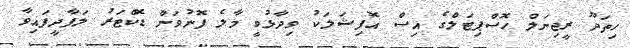
ހިތަދޫ ރީޖިނަލް ހޮސްޕިޓަލްގެ އިސް އޮފިޝަލަކު ވިދާޅުވީ މާލެ ފޮނުވަން ޑޮކްޓަރު ލަފާދީފައިވާ